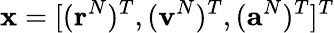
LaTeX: \mathbf{x}=[(\mathbf{r}^{N})^{T},(\mathbf{v}^{N})^{T},(\mathbf{a}^{N})^{T}]^{T}